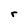
Character: r